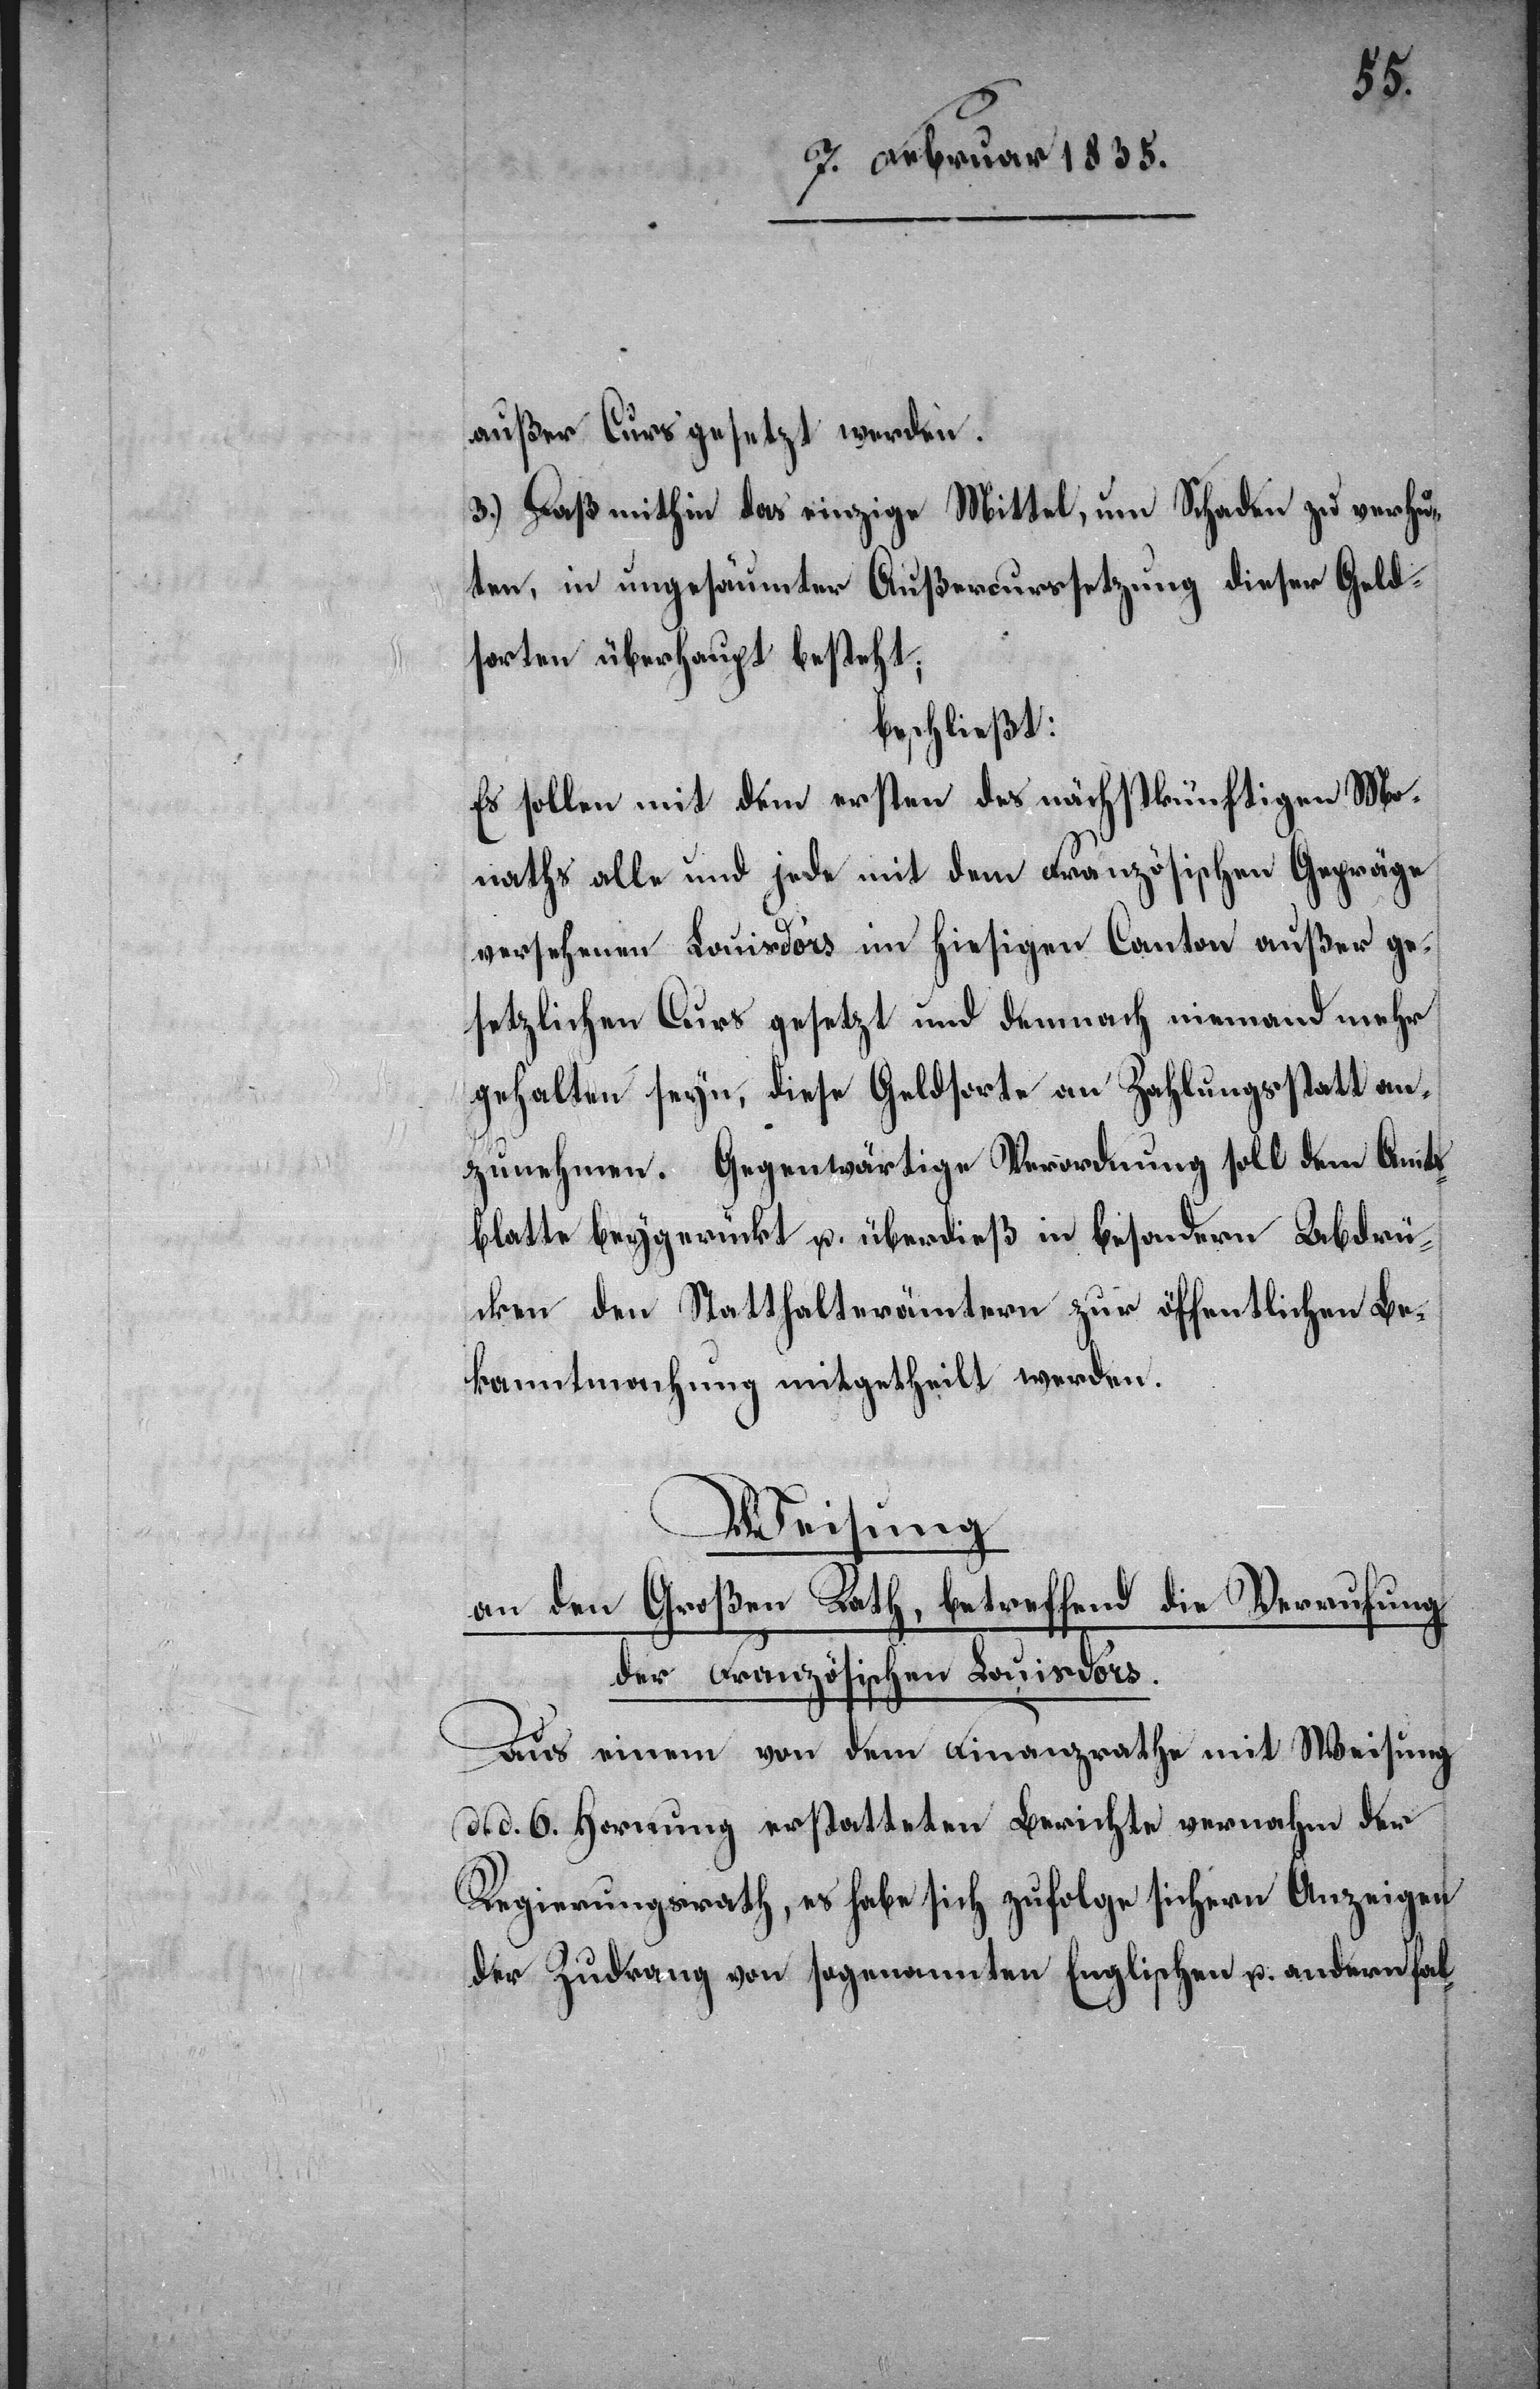
außer Curs gesetzt werden.
3.) Daß mithin das einzige Mittel, um Schaden zu verhü¬
ten, in ungesäumter Außercurssetzung dieser Geld¬
sorten überhaupt besteht;
beschließt:
Es sollen mit dem ersten des nächstkünftigen Mo¬
naths alle und jede mit dem Französischen Gepräge
versehenen Louisd’or im hiesigen Canton außer ge¬
setzlichen Curs gesetzt und demnach niemand mehr
gehalten seyn, diese Geldsorte an Zahlungsstatt an¬
zunehmen. Gegenwärtige Verordnung soll dem Amts¬
blatte beygerückt u. überdieß in besondern Abdrü¬
cken den Statthalterämtern zur öffentlichen Be¬
kanntmachung mitgetheilt werden.
Weisung
an den Großen Rath, betreffend die Verrufung
der Französischen Louisd’ors.
Aus einem von dem Finanzrathe mit Weisung
d. d. 6. Hornung erstatteten Berichte vernahm der
Regierungsrath, es habe sich zufolge sichern Anzeigen
der Zudrang von sogenannten Englischen u. andern fal-